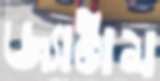
জ্যাঠাম